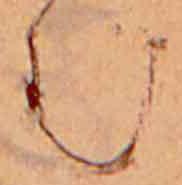
む